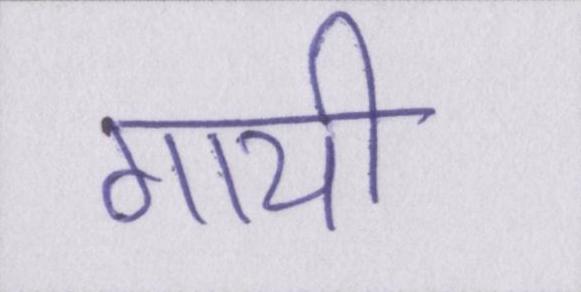
गायी